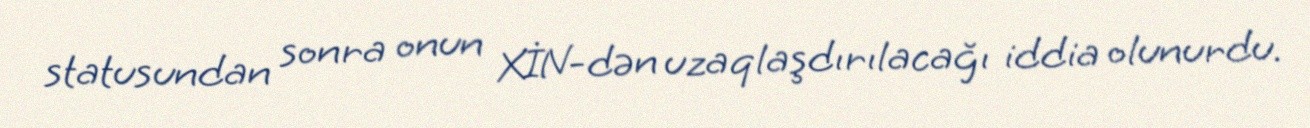
statusundan sonra onun XİN-dən uzaqlaşdırılacağı iddia olunurdu.